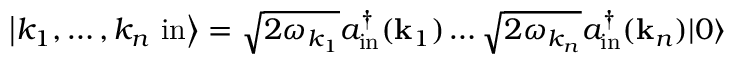
\left| k _ { 1 } , \ldots , k _ { n } \ \mathrm { i n } \right\rangle = { \sqrt { 2 \omega _ { k _ { 1 } } } } a _ { \mathrm { i n } } ^ { \dagger } ( \mathbf { k } _ { 1 } ) \ldots { \sqrt { 2 \omega _ { k _ { n } } } } a _ { \mathrm { i n } } ^ { \dagger } ( \mathbf { k } _ { n } ) | 0 \rangle